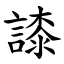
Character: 䜉